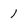
Character: 1